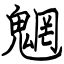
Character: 魍